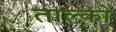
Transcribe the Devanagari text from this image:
ताल्को